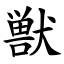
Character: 獣